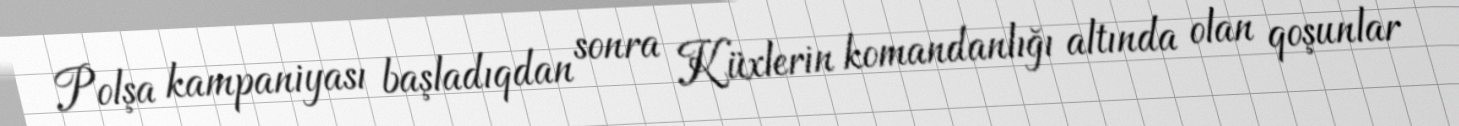
Polşa kampaniyası başladıqdan sonra Küxlerin komandanlığı altında olan qoşunlar